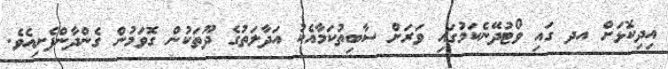
އިދިކޮޅަށް އދ ގައި ވޯޓުދޭނެކަމުގައި ވަރަށް ސާބިތުކަމާއެކު އަދާލަތުގެ ދޫތަކުން ގޮވަމުން ގެންދާންފެށިއެވެ.